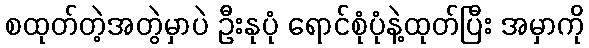
စထုတ်တဲ့အတွဲမှာပဲ ဦးနုပုံ ရောင်စုံပုံနဲ့ထုတ်ပြီး အမှာကို